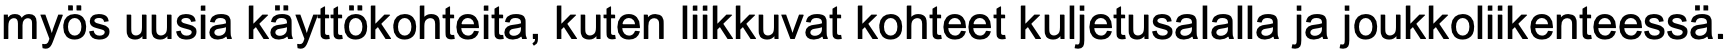
myös uusia käyttökohteita, kuten liikkuvat kohteet kuljetusalalla ja joukkoliikenteessä.